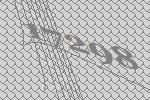
17298